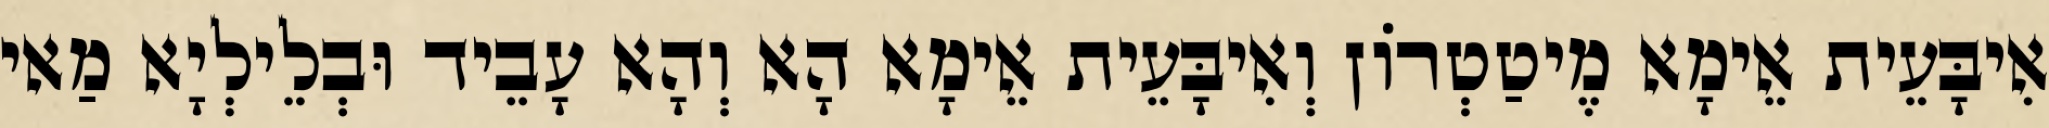
אִיבָּעֵית אֵימָא מֶיטַטְרוֹן וְאִיבָּעֵית אֵימָא הָא וְהָא עָבֵיד וּבְלֵילְיָא מַאי